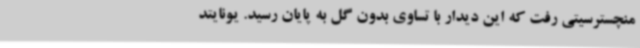
منچسترسیتی رفت که این دیدار با تساوی بدون گل به پایان رسید. یونایتد